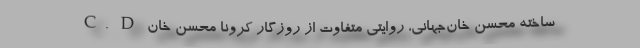
C. D ساخته محسن خان‌جهانی، روایتی متفاوت از روزگار کرونا محسن خان